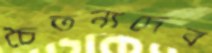
চৈতন্যদেব